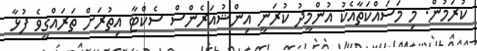
ކުރަމުން. މި މަސައްކަތާއެކު އުންމީދު ކުރަނީ އިންޝުއަރެންސް ސެކްޓާ އިިތުރަށް ތަރައްގީވެ ފުޅާ